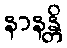
နာနန္တိ